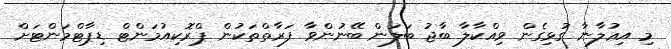
މި އިޢުލާނާ ގުޅިގެން ވިއްކާލާ ބާޖު ބަލަން ބޭނުންވާ ފަރާތްތަކުން ޕްރޮކިއުމަންޓް ޑިޕާޓްމަންޓަށް